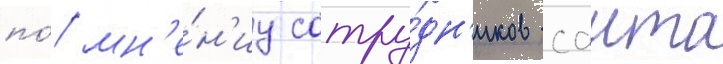
по́ мн'е́н'иу сотру́дн'иков саита